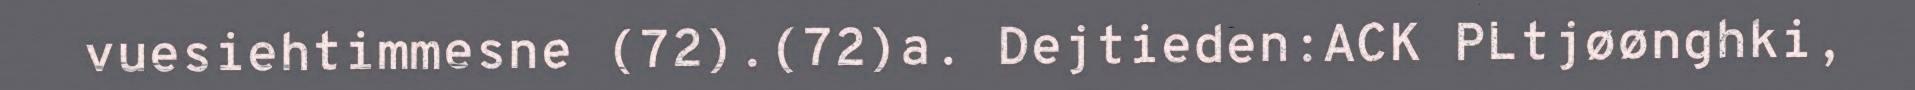
vuesiehtimmesne (72).(72)a. Dejtieden:ACK PLtjøønghki,